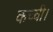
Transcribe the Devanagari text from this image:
कच्ची।